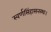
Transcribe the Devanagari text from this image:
स्वर्णसिंहासनस्थः।